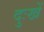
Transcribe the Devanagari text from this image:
दुःखें